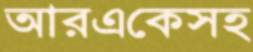
আরএকেসহ